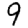
Digit: 9